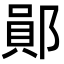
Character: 鄖